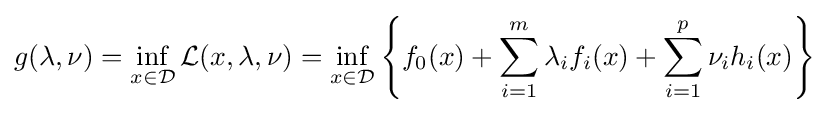
g(\lambda ,\nu )=\inf _{x\in {\mathcal {D}}}{\mathcal {L}}(x,\lambda ,\nu )=\inf _{x\in {\mathcal {D}}}\left\{f_{0}(x)+\sum _{i=1}^{m}\lambda _{i}f_{i}(x)+\sum _{i=1}^{p}\nu _{i}h_{i}(x)\right\}